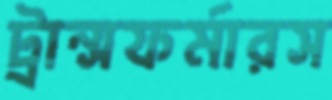
ট্রান্সফর্মারস